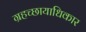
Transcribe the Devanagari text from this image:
ग्रहच्छायाधिकार